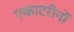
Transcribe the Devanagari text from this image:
एकाटरीनों